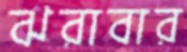
ঝরাবার